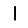
Digit: 1